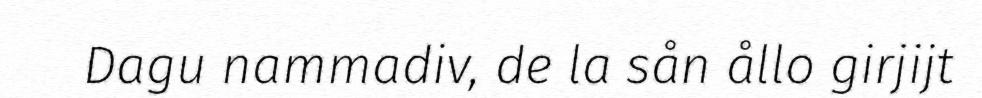
Dagu nammadiv, de la sån ållo girjijt